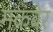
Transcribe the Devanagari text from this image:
मकबेर